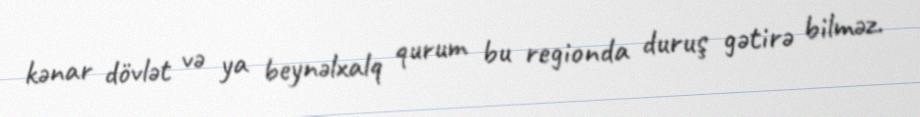
kənar dövlət və ya beynəlxalq qurum bu regionda duruş gətirə bilməz.